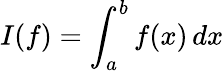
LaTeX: I(f)=\int_{a}^{b}f(x)\, dx